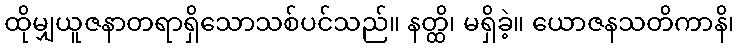
ထိုမျှယူဇနာတရာရှိသောသစ်ပင်သည်။ နတ္ထိ၊ မရှိခဲ့။ ယောဇနသတိကာနိ၊